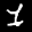
Label: 1